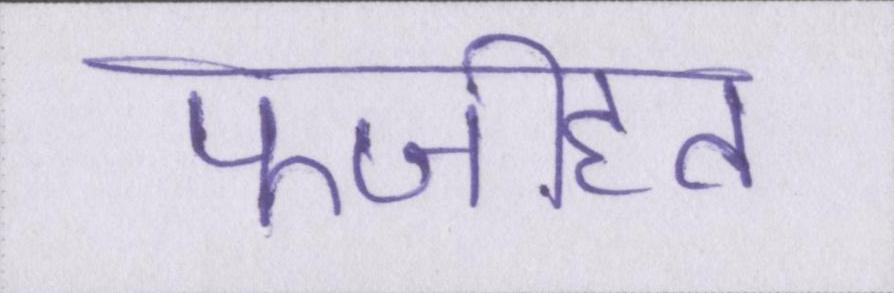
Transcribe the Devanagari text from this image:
फजीहत